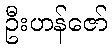
ဦးဟန်ဇော်